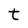
Character: t